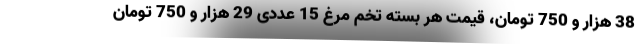
38 هزار و 750 تومان، قیمت هر بسته تخم مرغ 15 عددی 29 هزار و 750 تومان